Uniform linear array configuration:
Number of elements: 64
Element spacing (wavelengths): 0.75
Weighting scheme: kaiser
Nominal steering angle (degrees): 30
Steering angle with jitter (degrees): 28.737
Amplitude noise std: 0.05
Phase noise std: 0.05

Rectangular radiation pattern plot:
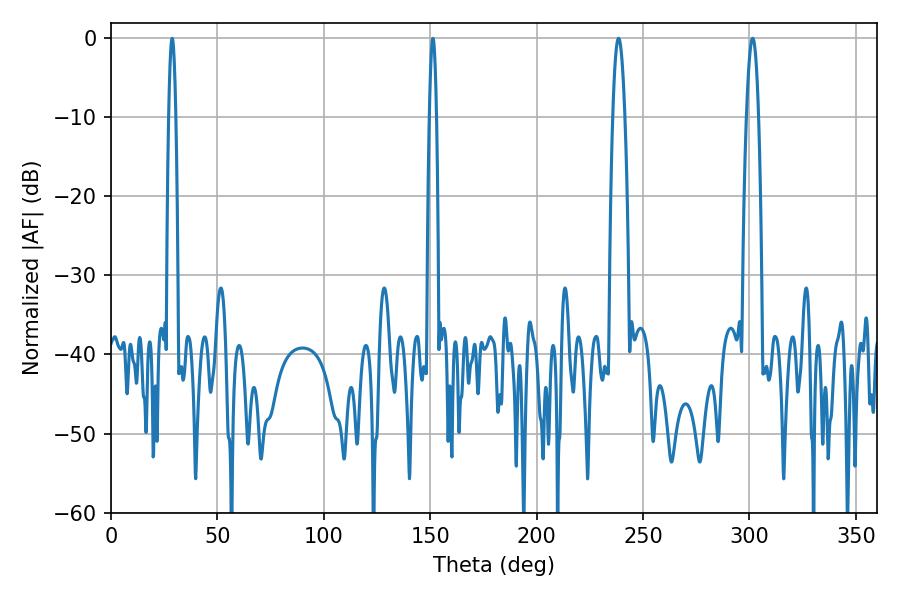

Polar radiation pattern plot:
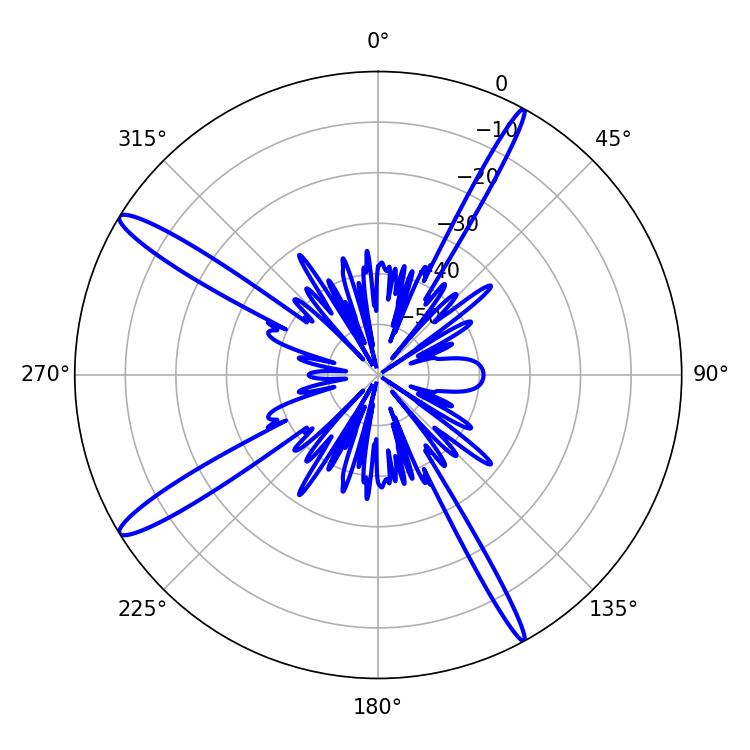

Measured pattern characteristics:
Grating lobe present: TRUE
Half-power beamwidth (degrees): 3.06
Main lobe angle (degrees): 301.5